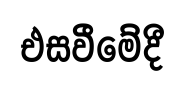
එසවීමේදී